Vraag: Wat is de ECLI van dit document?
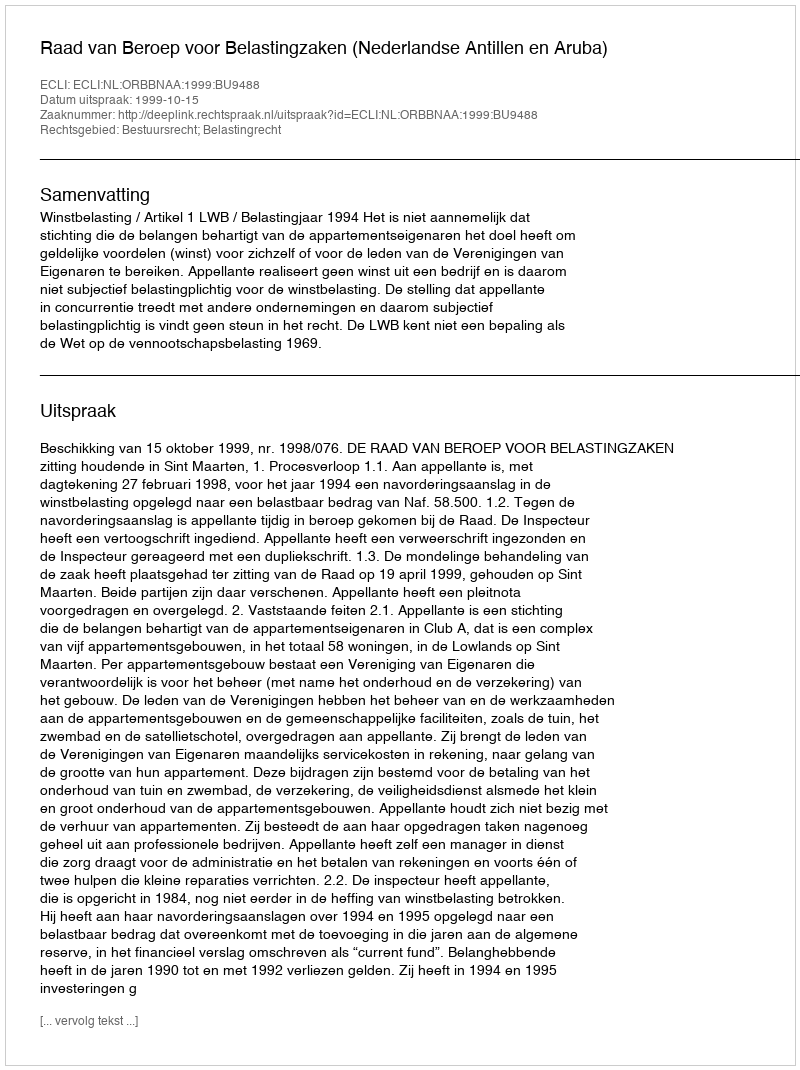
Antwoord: ECLI:NL:ORBBNAA:1999:BU9488